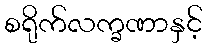
စရိုက်လက္ခဏာနှင့်